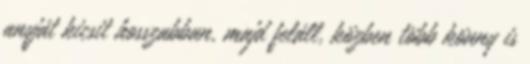
anyját kicsit hosszabban, majd feláll, közben több könny is